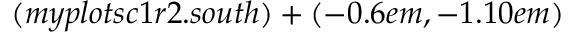
( m y p l o t s c 1 r 2 . s o u t h ) + ( - 0 . 6 e m , - 1 . 1 0 e m )